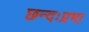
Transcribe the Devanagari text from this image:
छन्दःप्रभा